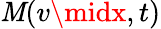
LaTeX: \mathit{M}(v\midx,t)